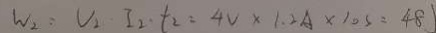
W _ { 2 } = V _ { 2 } \cdot I _ { 2 } \cdot t _ { 2 } = 4 V \times 1 . 2 A \times 1 0 s = 4 8